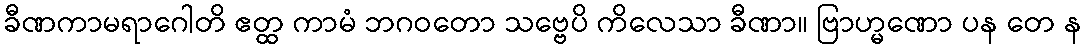
ခီဏကာမရာဂေါတိ ဧတ္ထ ကာမံ ဘဂဝတော သဗ္ဗေပိ ကိလေသာ ခီဏာ။ ဗြာဟ္မဏော ပန တေ န